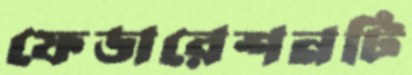
ফেডারেশনটি